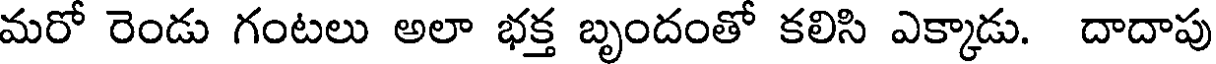
మరో రెండు గంటలు అలా భక్త బృందంతో కలిసి ఎక్కాడు. దాదాపు